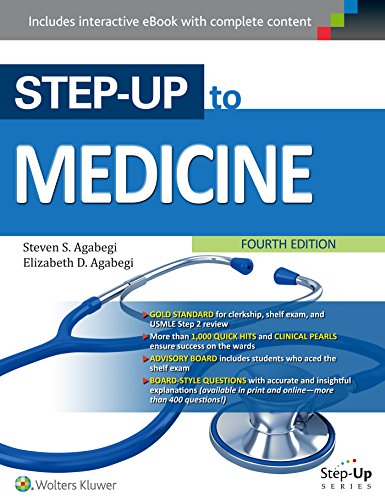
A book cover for Step-Up to Medicine (Step-Up Series); Steven Agabegi MD; Test Preparation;